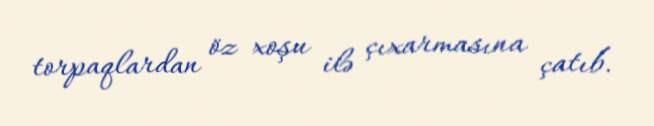
torpaqlardan öz xoşu ilə çıxarmasına çatıb.